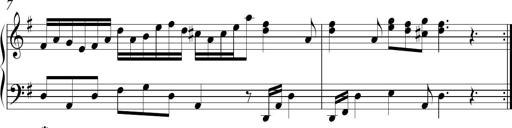
Title: Ten Piano Sonatinas
Composer: Andreas Sain